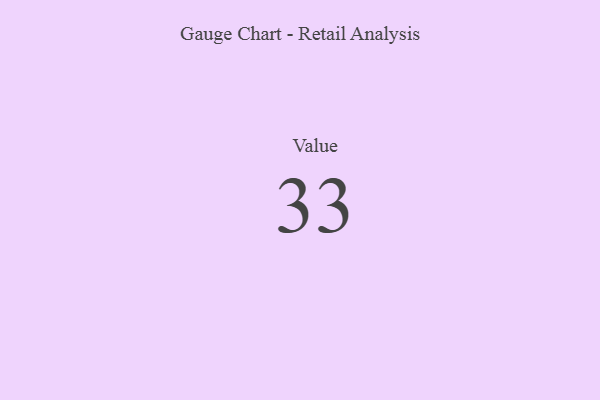
{"axis": {"x": "Metric", "y": "Value"}, "legend": [""], "data": [{"x": "Value", "y": 33, "type": ""}]}